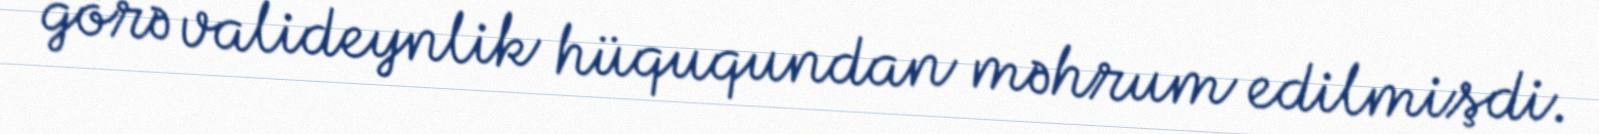
görə valideynlik hüququndan məhrum edilmişdi.